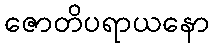
ဇောတိပရာယနော